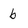
Character: b